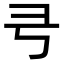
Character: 𢎝